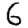
Digit: 6